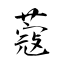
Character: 蔻